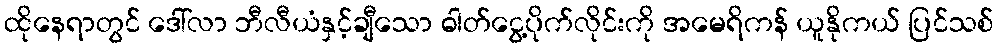
ထိုနေရာတွင် ဒေါ်လာ ဘီလီယံနှင့်ချီသော ဓါတ်ငွေ့ပိုက်လိုင်းကို အမေရိကန် ယူနိုကယ် ပြင်သစ်